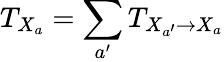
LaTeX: T_{X_{a}}=\sum_{a^{\prime}}T_{X_{a^{\prime}}\rightarrow X_{a}}